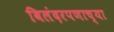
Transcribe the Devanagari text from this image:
बिलंदरपणाच्या